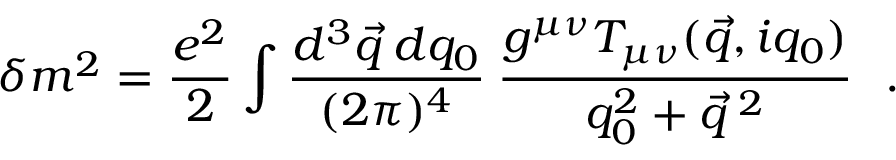
\delta m ^ { 2 } = { \frac { e ^ { 2 } } { 2 } } \int { \frac { d ^ { 3 } \vec { q } \: d q _ { 0 } } { ( 2 \pi ) ^ { 4 } } } \: { \frac { g ^ { \mu \nu } T _ { \mu \nu } ( \vec { q } , i q _ { 0 } ) } { q _ { 0 } ^ { 2 } + { \vec { q } } ^ { \; 2 } } } \ \ .